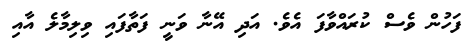
ފަހުން ވެސް ކުރައްވާފަ އެވެ. އަދި އޭނާ ވަނީ ފަތާފައި ވިލިމާލެ އާއި